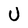
Character: U